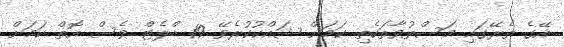
އޭގެ ތެރޭގައި މަސްތުވާތަކެތި ކަމަށް ޝައްކުކުރެވޭ 19 ބްލެޓް ވެސް އޮތް ކަމަށް